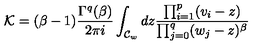
{ \cal K } = ( \beta - 1 ) \frac { \Gamma ^ { q } ( \beta ) } { 2 \pi i } \int _ { { \cal C } _ { w } } d z \frac { \prod _ { i = 1 } ^ { p } ( v _ { i } - z ) } { \prod _ { j = 0 } ^ { q } ( w _ { j } - z ) ^ { \beta } }